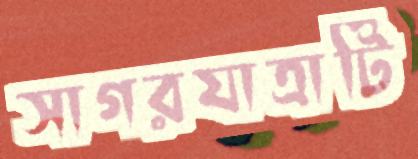
সাগরযাত্রাটি